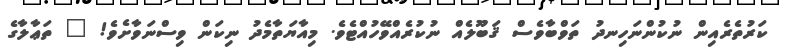
ކަރުތެރެއިން ނުކުންނަހިނދު ތަވްބާވެސް ޤަބޫލެއް ނުކުރެއްވޭހުއްޓެވެ. މިއާޔަތާމެދު ނިކަން ވިސްނަވާށެވެ! " ތަޢާލާގެ